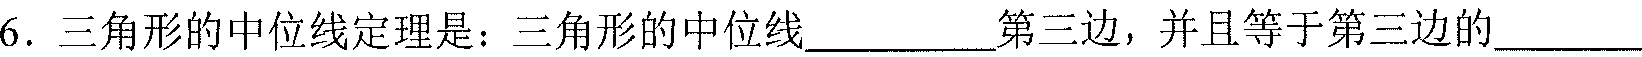
6. 三角形的中位线定理是：三角形的中位线________第三边，并且等于第三边的_______